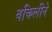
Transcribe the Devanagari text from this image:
वकिलीने